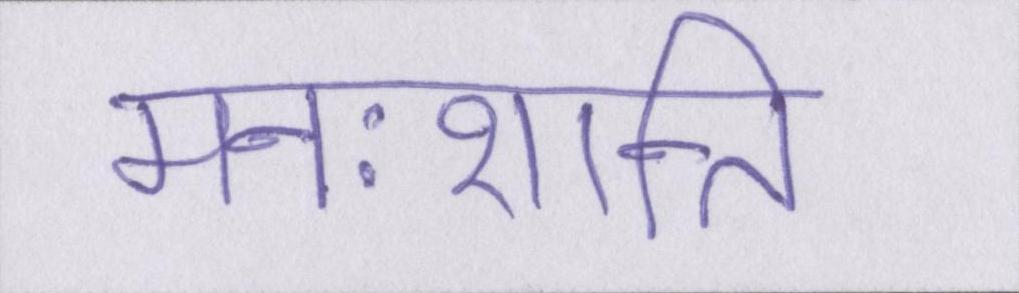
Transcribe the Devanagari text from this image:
मनःशान्ति